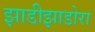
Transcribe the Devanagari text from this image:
झाडीझाडोरा